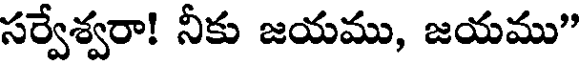
సర్వేశ్వరా! నీకు జయము, జయము"